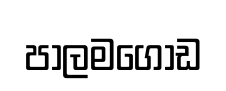
පාලමගොඩ